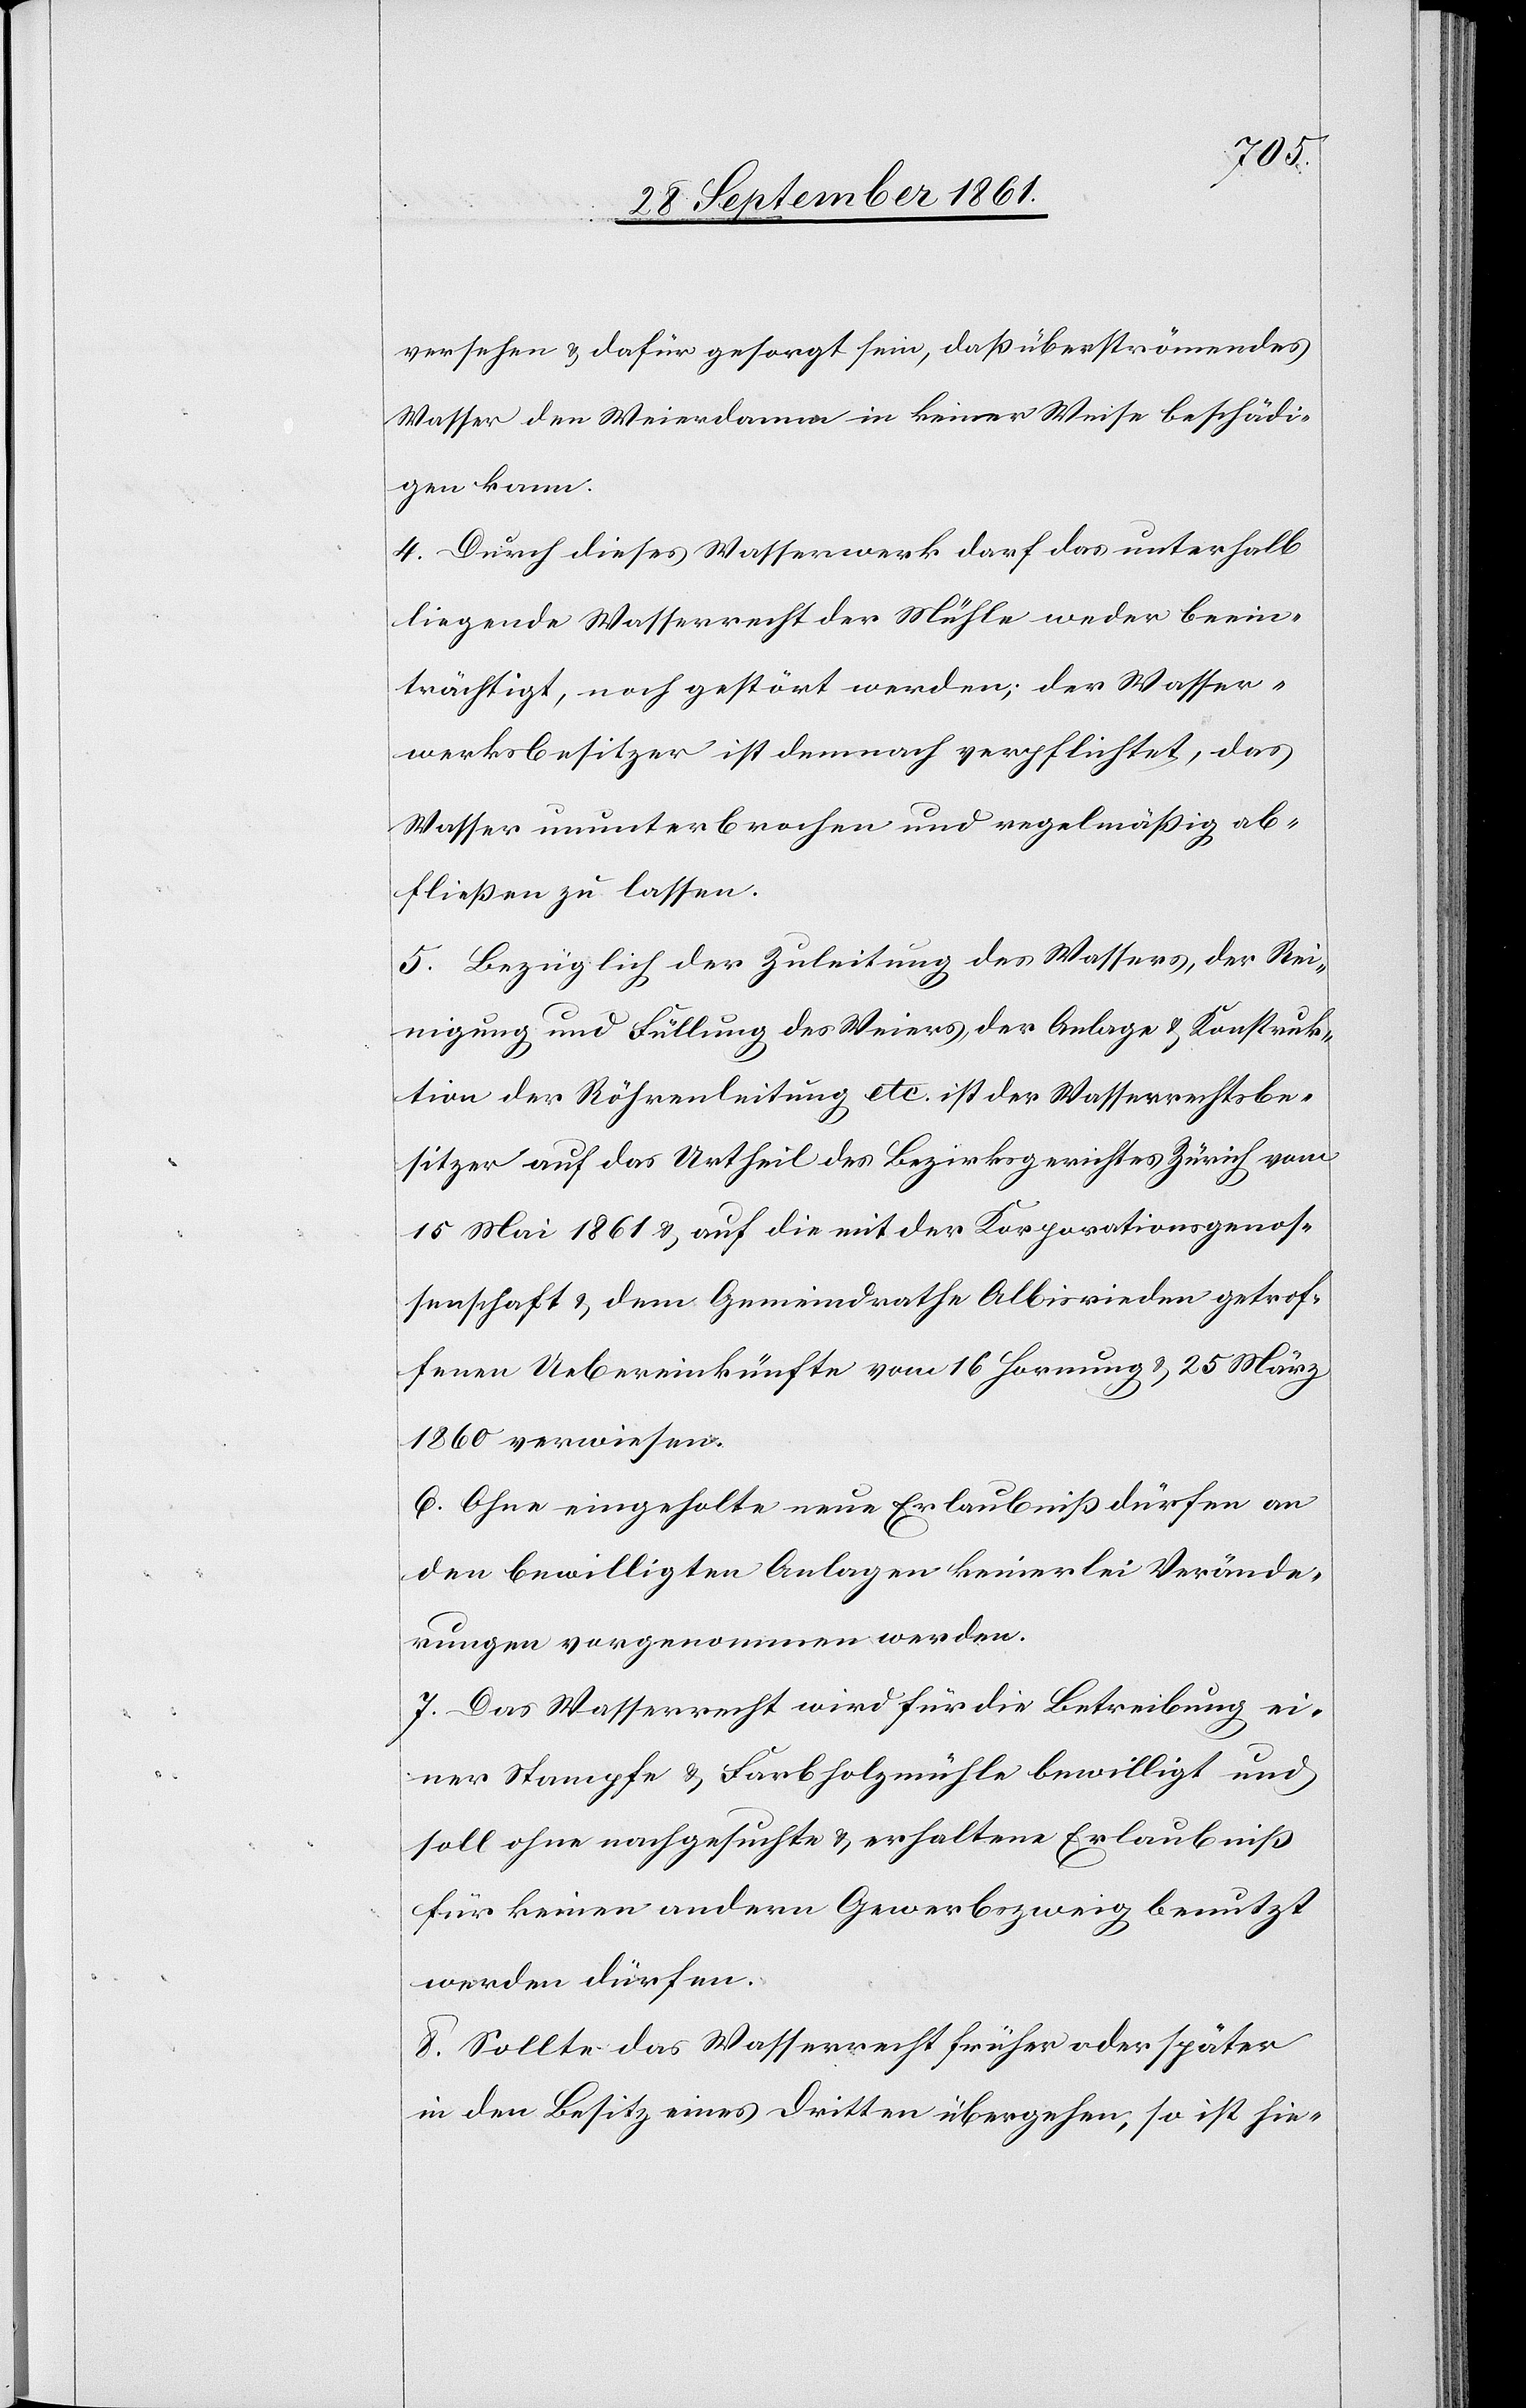
versehen u. dafür gesorgt sein, daß überströmendes
Wasser den Wasserdamm in keiner Weise beschädi¬
gen kann.
4. Durch dieses Wasserwerk darf das unterhalb
liegende Wasserrecht der Mühle weder beein¬
trächtigt, noch gestört werden, der Wasser¬
werksbesitzer ist demnach verpflichtet, das
Wasser ununterbrochen und regelmäßig ab¬
fließen zu lassen.
5. Bezüglich der Zuleitung des Wassers, der Rei¬
nigung und Füllung des Weiers, der Anlage u. Konstruk¬
tion der Röhrenleitung etc. ist der Wasserrechtsbe¬
sitzer auf das Urtheil des Bezirksgerichtes Zürich vom
15 Mai 1861 u. auf die mit der Korporationsgenos¬
senschaft u. dem Gemeindrathe Albisrieden getrof¬
fenen Uebereinkünfte vom 16 Hornung u. 25 März
1860 verwiesen.
6. Ohne eingeholte neue Erlaubniß dürfen an
den bewilligten Anlagen keinerlei Verände¬
rungen vorgenommen werden.
7. Das Wasserrecht wird für die Betreibung ei¬
ner Stampfe u. Laubholzmühle bewilligt und
soll ohne nachgesuchte u. erhaltene Erlaubniß
für keinen andern Gewerbszweig benutzt
werden dürfen.
8. Sollte das Wasserrecht früher oder später
in den Besitz eines Dritten übergehen, so ist hie-